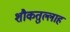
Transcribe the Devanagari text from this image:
शौकतुल्लाह